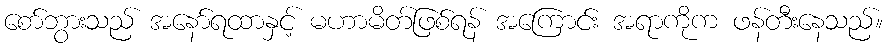
စော်ဘွားသည် အနော်ရထာနှင့် မဟာမိတ်ဖြစ်ရန် အကြောင်း အရာကိုက ဖန်တီးနေသည်။